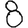
Digit: 8